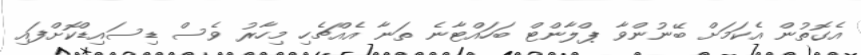
އެގޮތުން އެކަމަށް ބޭނުންވާ ޕްލާންޓް ބަހައްޓާނެ ތަނާ އެއްޗެހި މިހާރު ވެސް ޑިސައިޑްކޮށްފައި